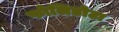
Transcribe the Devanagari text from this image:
फोलिडोटा